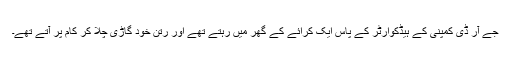
جے آر ڈی کمپنی کے ہیڈکوارٹر کے پاس ایک کرائے کے گھر میں رہتے تھے اور رتن خود گاڑی چلا کر کام پر آتے تھے۔